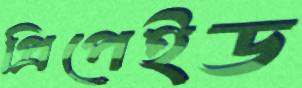
প্রিপেইড